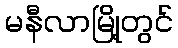
မနီလာမြို့တွင်